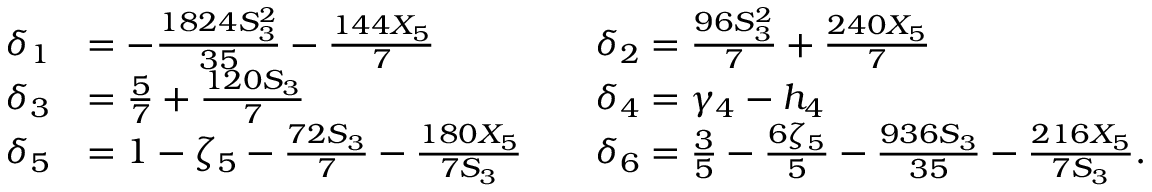
\begin{array} { r l r l } { \delta _ { 1 } } & { = - \frac { 1 8 2 4 S _ { 3 } ^ { 2 } } { 3 5 } - \frac { 1 4 4 X _ { 5 } } { 7 } } & & { \delta _ { 2 } = \frac { 9 6 S _ { 3 } ^ { 2 } } { 7 } + \frac { 2 4 0 X _ { 5 } } { 7 } } \\ { \delta _ { 3 } } & { = \frac { 5 } { 7 } + \frac { 1 2 0 S _ { 3 } } { 7 } } & & { \delta _ { 4 } = \gamma _ { 4 } - h _ { 4 } } \\ { \delta _ { 5 } } & { = 1 - \zeta _ { 5 } - \frac { 7 2 S _ { 3 } } { 7 } - \frac { 1 8 0 X _ { 5 } } { 7 S _ { 3 } } } & & { \delta _ { 6 } = \frac { 3 } { 5 } - \frac { 6 \zeta _ { 5 } } { 5 } - \frac { 9 3 6 S _ { 3 } } { 3 5 } - \frac { 2 1 6 X _ { 5 } } { 7 S _ { 3 } } . } \end{array}